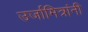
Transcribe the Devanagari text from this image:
उर्जामित्रांनी